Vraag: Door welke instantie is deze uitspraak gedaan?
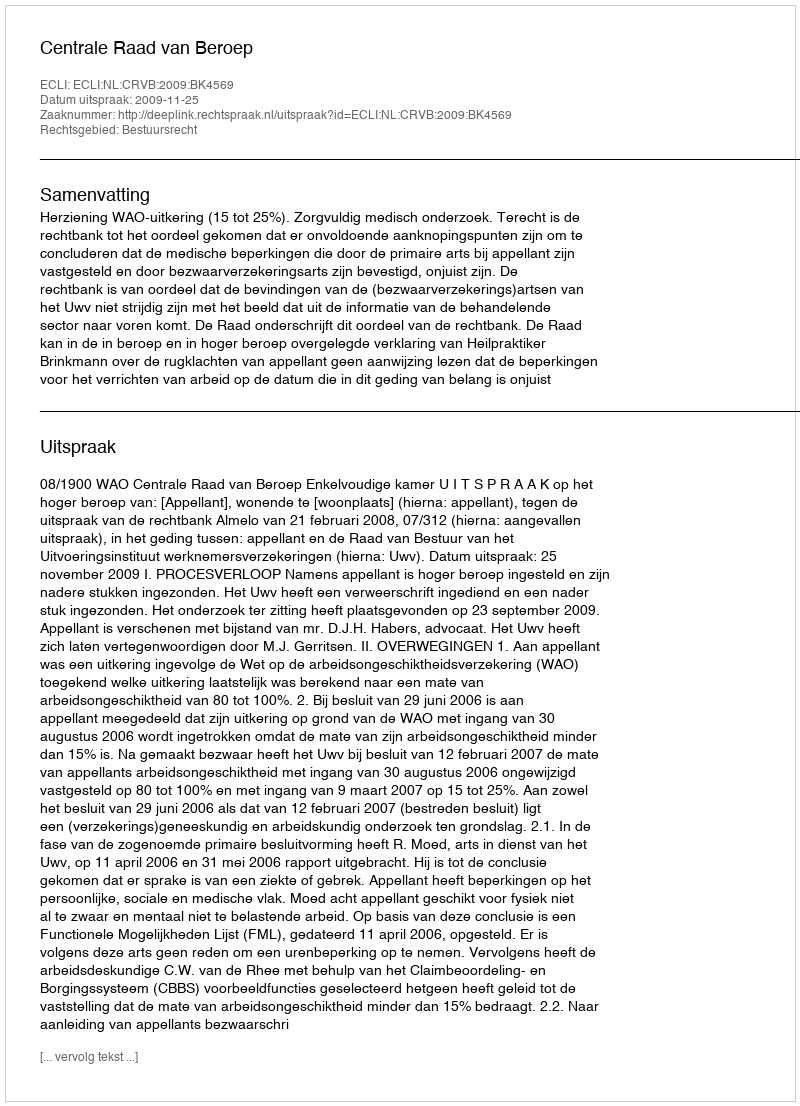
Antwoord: Centrale Raad van Beroep